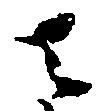
者